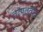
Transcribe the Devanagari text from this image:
तत्पततीव